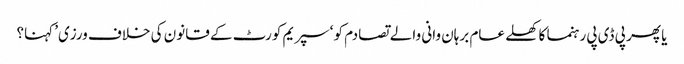
یا پھر پی ڈی پی رہنما کا کھلے عام برہان وانی والے تصادم کو ‘سپریم کورٹ کے قانون کی خلاف ورزی’ کہنا؟